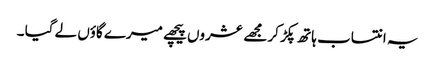
یہ انتساب ہاتھ پکڑ کر مجھے عشروں پیچھے میرے گاؤں لے گیا ۔